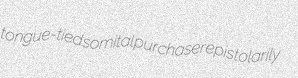
tongue-tied somital purchaser epistolarily